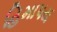
હિમાપય